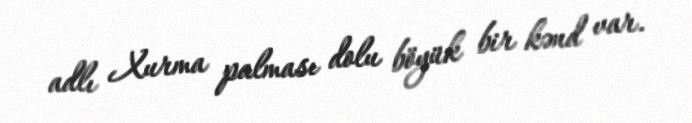
adlı Xurma palması dolu böyük bir kənd var.